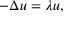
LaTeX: - \Delta u = \lambda u ,